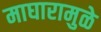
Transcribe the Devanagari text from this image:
माघारामुळे